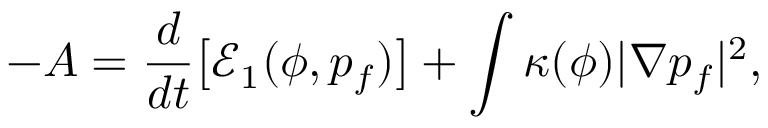
- A = \frac { d } { d t } \big [ \mathcal E _ { 1 } ( \phi , p _ { f } ) \big ] + \int \kappa ( \phi ) | \nabla p _ { f } | ^ { 2 } ,